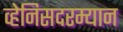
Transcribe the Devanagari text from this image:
व्हेनिसदरम्यान